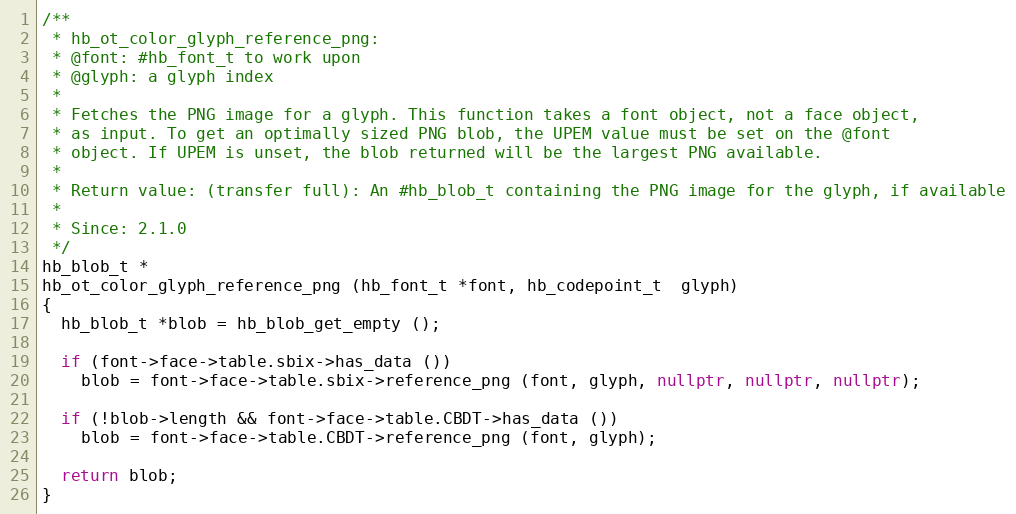
Language: C++
/**
 * hb_ot_color_glyph_reference_png:
 * @font: #hb_font_t to work upon
 * @glyph: a glyph index
 *
 * Fetches the PNG image for a glyph. This function takes a font object, not a face object,
 * as input. To get an optimally sized PNG blob, the UPEM value must be set on the @font
 * object. If UPEM is unset, the blob returned will be the largest PNG available.
 *
 * Return value: (transfer full): An #hb_blob_t containing the PNG image for the glyph, if available
 *
 * Since: 2.1.0
 */
hb_blob_t *
hb_ot_color_glyph_reference_png (hb_font_t *font, hb_codepoint_t  glyph)
{
  hb_blob_t *blob = hb_blob_get_empty ();

  if (font->face->table.sbix->has_data ())
    blob = font->face->table.sbix->reference_png (font, glyph, nullptr, nullptr, nullptr);

  if (!blob->length && font->face->table.CBDT->has_data ())
    blob = font->face->table.CBDT->reference_png (font, glyph);

  return blob;
}